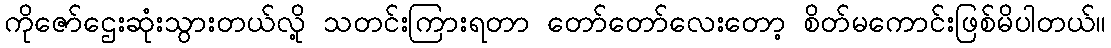
ကိုဇော်ဌေးဆုံးသွားတယ်လို့ သတင်းကြားရတာ တော်တော်လေးတော့ စိတ်မကောင်းဖြစ်မိပါတယ်။